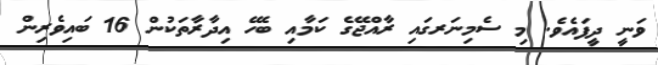
ވަނީ ދީފައެވެ. މި ސެމިނަރގައި ރާއްޖޭގެ ކަމާއި ބެހޭ އިދާރާތަކުން 16 ބައިވެރިން